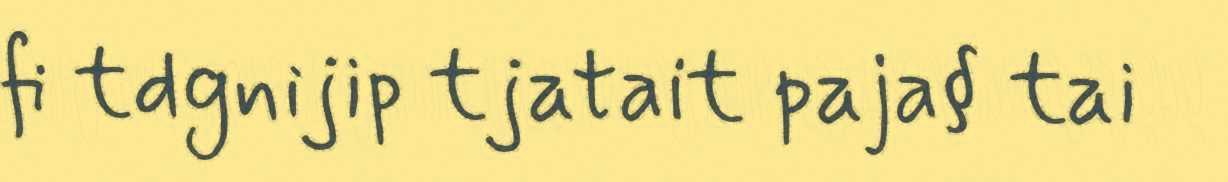
fi tdgnijip tjatait paja§ tai